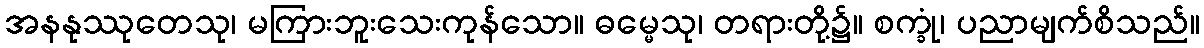
အနနုဿုတေသု၊ မကြားဘူးသေးကုန်သော။ ဓမ္မေသု၊ တရားတို့၌။ စက္ခုံ၊ ပညာမျက်စိသည်။